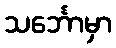
သင်္ဘောမှာ